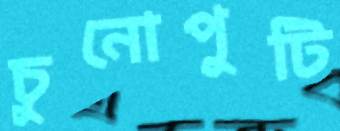
চুনোপুটি